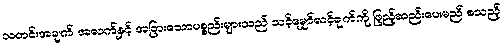
သတင်းအချက် အလက်နှင့် အခြားသောပစ္စည်းများသည် သင့်မျှော်လင့်ချက်ကို ဖြည့်ဆည်းပေးမည် စသည့်